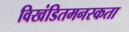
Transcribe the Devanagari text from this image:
विखंडितमनस्कता